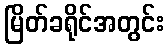
မြိတ်ခရိုင်အတွင်း